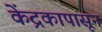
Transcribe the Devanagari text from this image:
केंद्रकापासून